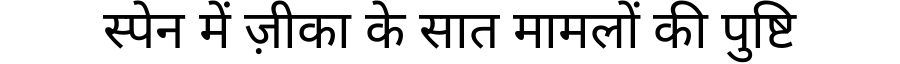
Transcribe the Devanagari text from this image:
स्पेन में ज़ीका के सात मामलों की पुष्टि